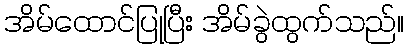
အိမ်ထောင်ပြုပြီး အိမ်ခွဲထွက်သည်။